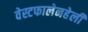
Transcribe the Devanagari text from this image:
वेस्टफालेनहेली